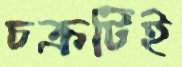
চক্রটিই